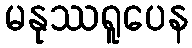
မနုဿရူပေန